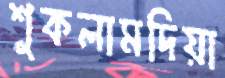
শুকলামদিয়া